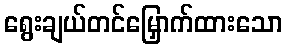
ရွေးချယ်တင်မြှောက်ထားသော